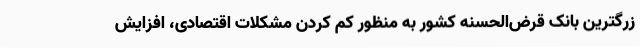
زرگترین بانک قرض‌الحسنه کشور به منظور کم کردن مشکلات اقتصادی، افزایش